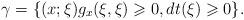
LaTeX: \begin{align*}\gamma=\{(x;\xi) g_x(\xi,\xi)\geqslant 0,dt(\xi)\geqslant 0\}.\end{align*}